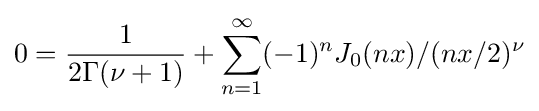
0={\frac {1}{2\Gamma (\nu +1)}}+\sum _{n=1}^{\infty }(-1)^{n}J_{0}(nx)/(nx/2)^{\nu }